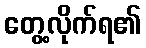
တွေ့လိုက်ရ၏